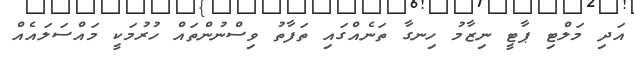
އަދި މަލްޓި ޕާޓީ ނިޒާމު ހިނގާ ތަނެއްގައި ތަފާތު ވިސްނުންތައް ހުރުމަކީ މައްސަލައެއް